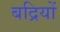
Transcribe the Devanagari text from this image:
बद्रियों